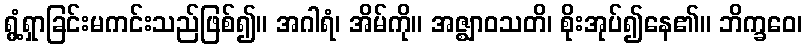
ရွံ့ရှာခြင်းမကင်းသည်ဖြစ်၍။ အဂါရံ၊ အိမ်ကို။ အဇ္ဈာဝသတိ၊ စိုးအုပ်၍နေ၏။ ဘိက္ခဝေ၊